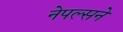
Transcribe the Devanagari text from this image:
नेपल्सने